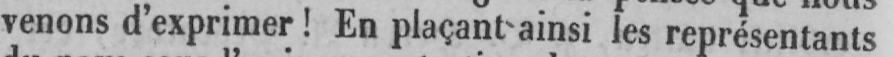
venons d’exprimer! En plaçant ainsi les représentants